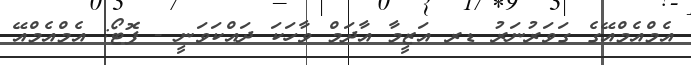
އެމްއެމްއޭގެ ގަވަރުނަރު ޑރ އަޒީމާ އާދަމް ވާހަކަ ދައްކަވަނީ - ފޮޓޯ: އެމްއެމްއޭ